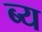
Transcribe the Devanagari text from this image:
ब्य